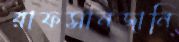
রাফসানজানি